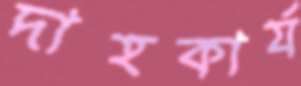
দাহকার্য